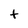
Character: t